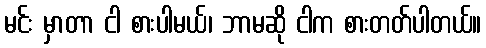
မင်း မှာတာ ငါ စားပါမယ်၊ ဘာမဆို ငါက စားတတ်ပါတယ်။